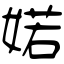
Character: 婼